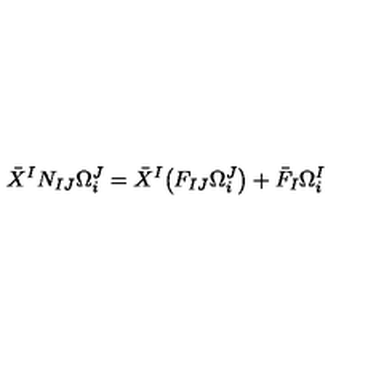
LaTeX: \bar { X } ^ { I } N _ { I J } \Omega _ { i } ^ { J } = \bar { X } ^ { I } \big ( F _ { I J } \Omega _ { i } ^ { J } \big ) + \bar { F } _ { I } \Omega _ { i } ^ { I }